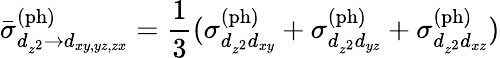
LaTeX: \bar{\sigma}_{d_{z^{2}}\rightarrow d_{xy,yz,zx}}^{\mathrm{(ph)}}=\frac{1}{3}(\sigma_{d_{z^{2}}d_{xy}}^{\mathrm{(ph)}}+\sigma_{d_{z^{2}}d_{yz}}^{\mathrm{(ph)}}+\sigma_{d_{z^{2}}d_{xz}}^{\mathrm{(ph)}})